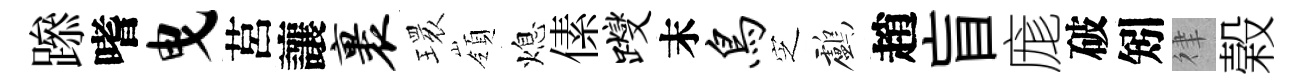
𨅶嗜曳莒讓裹𤨔嶺熄傃躞末鸟㝎鸕趙盲庬破矧律榖